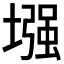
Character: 𫮬